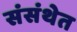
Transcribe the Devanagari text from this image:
संसंथेत